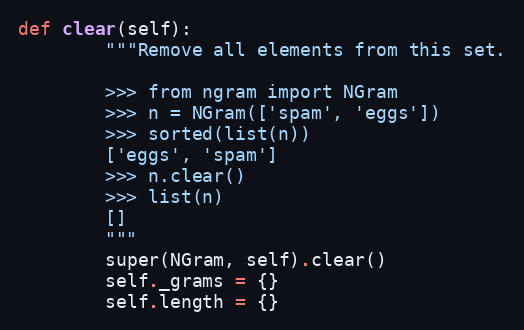
Language: Python
def clear(self):
        """Remove all elements from this set.

        >>> from ngram import NGram
        >>> n = NGram(['spam', 'eggs'])
        >>> sorted(list(n))
        ['eggs', 'spam']
        >>> n.clear()
        >>> list(n)
        []
        """
        super(NGram, self).clear()
        self._grams = {}
        self.length = {}